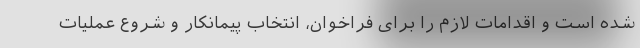
شده است و اقدامات لازم را برای فراخوان، انتخاب پیمانکار و شروع عملیات